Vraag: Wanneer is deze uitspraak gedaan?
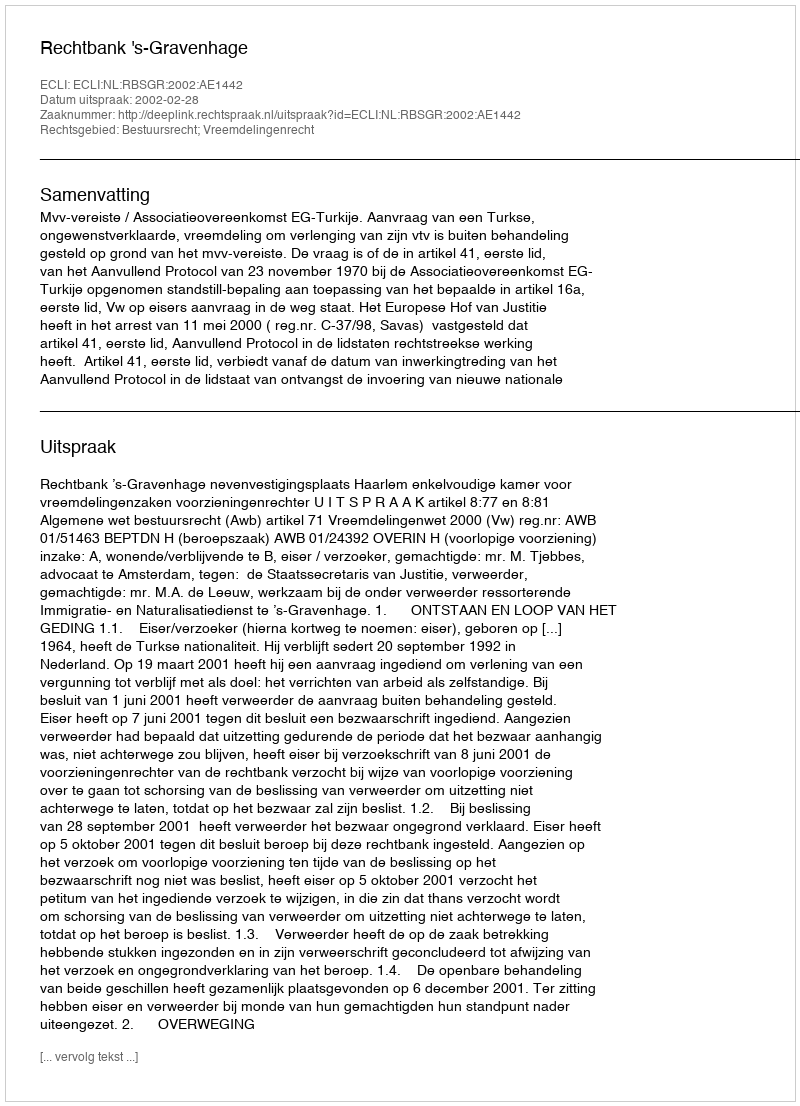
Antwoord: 2002-02-28